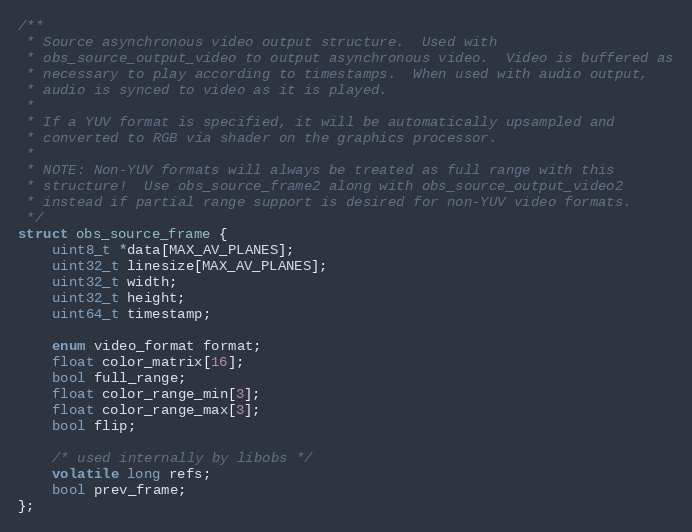
Language: C
/**
 * Source asynchronous video output structure.  Used with
 * obs_source_output_video to output asynchronous video.  Video is buffered as
 * necessary to play according to timestamps.  When used with audio output,
 * audio is synced to video as it is played.
 *
 * If a YUV format is specified, it will be automatically upsampled and
 * converted to RGB via shader on the graphics processor.
 *
 * NOTE: Non-YUV formats will always be treated as full range with this
 * structure!  Use obs_source_frame2 along with obs_source_output_video2
 * instead if partial range support is desired for non-YUV video formats.
 */
struct obs_source_frame {
	uint8_t *data[MAX_AV_PLANES];
	uint32_t linesize[MAX_AV_PLANES];
	uint32_t width;
	uint32_t height;
	uint64_t timestamp;

	enum video_format format;
	float color_matrix[16];
	bool full_range;
	float color_range_min[3];
	float color_range_max[3];
	bool flip;

	/* used internally by libobs */
	volatile long refs;
	bool prev_frame;
};